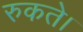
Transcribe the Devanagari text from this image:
रुकते।